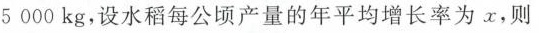
5000kg，设水稻每公顷产量的年平均增长率为x，则